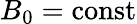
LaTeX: B_{0}=\mathrm{const}